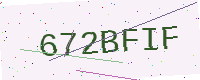
Text: 672BFIF